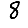
Digit: 8